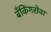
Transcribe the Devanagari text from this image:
बँकिंगसेवा